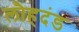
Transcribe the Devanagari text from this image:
लौहदंड